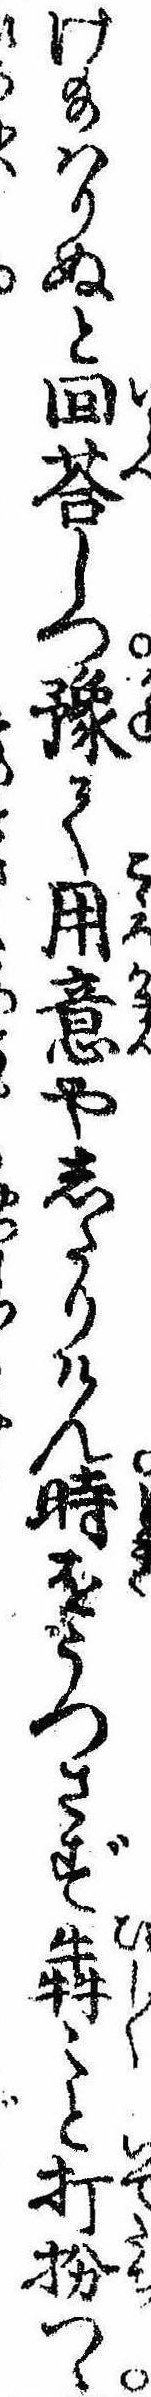
け給はりぬと回荅しつ予て用意やしたりけん時をうつさず犇々と打扮つゝ